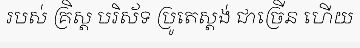
របស់ គ្រិស្ត បរិស័ទ ប្រូតេស្តង់ ជាច្រើន ហើយ